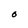
Character: O